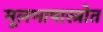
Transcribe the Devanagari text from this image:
मूलभाषास्त्रोत